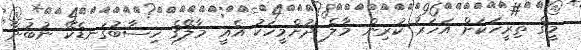
މީގެ ތިރީހަކަށް އަހަރު ކުރިން މާލެ ދުށްމީހަކު އެއީ މާލޭގެ ހިސާބުގަނޑެކޭ ނުބުނާ